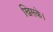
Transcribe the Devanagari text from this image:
खिसके।